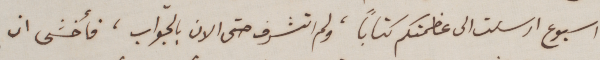
اسبوع ارسلت الى عظمتكم كتاباً، ولم اتشرف حتى الان بالجواب، فأخشى ان